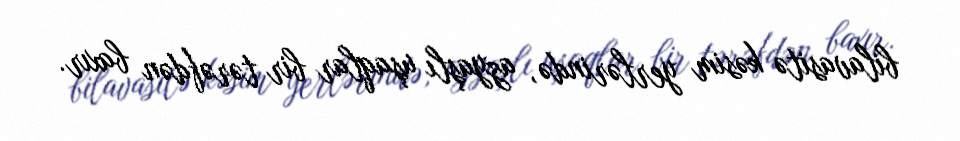
bilavasitə kəsim yerlərində, azyaşlı uşaqlar bir tərəfdən baxır.